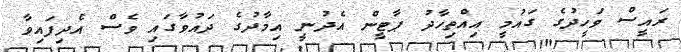
ރައީސް ވަހީދުގެ ގައުމީ އިއްތިހާދު ޕާޓީން އެދުނީ އިމާދުގެ ދައުވާގައި ވެސް އެދިފައިވާ